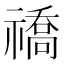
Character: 𬓚